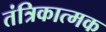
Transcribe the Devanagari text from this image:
तंत्रिकात्मक